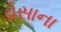
ડોસાના